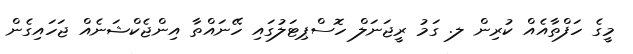
މީގެ ހަފްތާއެއް ކުރިން ލ. ގަމު ރީޖަނަލް ހޮސްޕިޓަލުގައި ހޭނައްތާ އިންޖެކްޝަނެއް ޖަހައިގެން